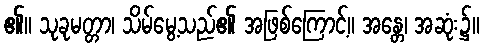
၏။ သုခုမတ္တာ၊ သိမ်မွေ့သည်၏ အဖြစ်ကြောင့်။ အန္တေ၊ အဆုံး၌။